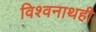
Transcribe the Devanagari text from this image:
विश्वनाथही